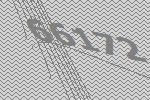
66172